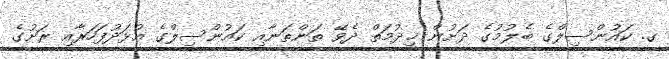
ގ. ކައުންސިލްގެ ބެލުމުގެ ދަށުން ޚިދުމަތް ދެވޭ ތަންތަނާއި ކައުންސިލްގެ އުޅަދުފަހަރާއި ރަށުގެ